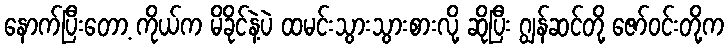
နောက်ပြီးတော့ ကိုယ်က မိခိုင်နဲ့ပဲ ထမင်းသွားသွားစားလို့ ဆိုပြီး ဂျွန်ဆင်တို့ ဇော်ဝင်းတို့က